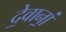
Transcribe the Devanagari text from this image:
दे॒वानां॒